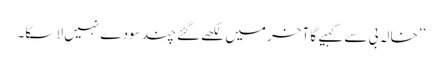
’’خالہ بی سے کہیے گا آخر میں لکھے گئے چند سودے نہیں لا سکا۔